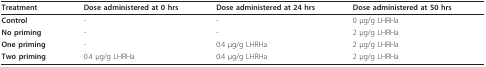
| Treatment | Dose administered at 0 hrs | Dose administered at 24 hrs | Dose administered at 50 hrs |
 | --- | --- | --- | --- |
 | Control | - | - | 0 μg/g LHRHa |
 | No priming | - | - | 2 μg/g LHRHa |
 | One priming | - | 0.4 μg/g LHRHa | 2 μg/g LHRHa |
 | Two priming | 0.4 μg/g LHRHa | 0.4 μg/g LHRHa | 2 μg/g LHRHa |